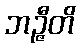
ဘဉ္ဇီတိ